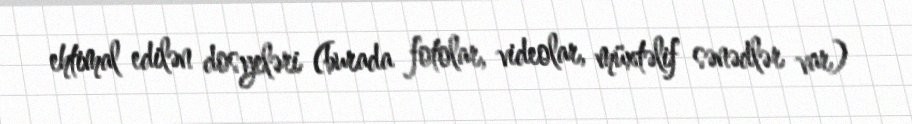
ehtimal edilən dosyeləri (burada fotolar, videolar, müxtəlif sənədlər var)